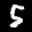
Label: 5